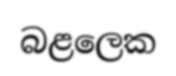
බළලෙක